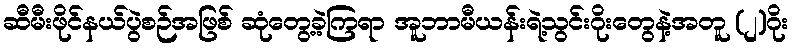
ဆီမီးဖိုင်နယ်ပွဲစဉ်အဖြစ် ဆုံတွေ့ခဲ့ကြရာ အူဘာမီယန်းရဲ့သွင်းဂိုးတွေနဲ့အတူ (၂)ဂိုး